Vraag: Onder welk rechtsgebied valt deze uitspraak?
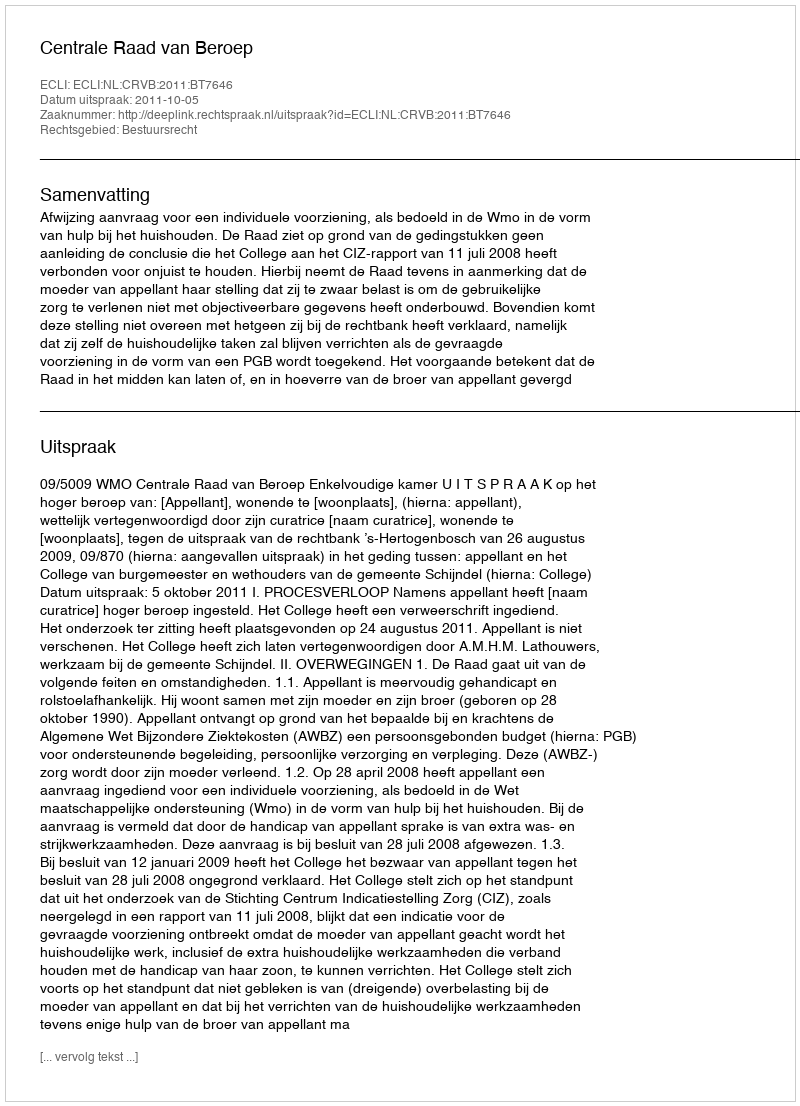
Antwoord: Bestuursrecht